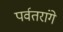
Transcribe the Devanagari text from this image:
पर्वतरांगे